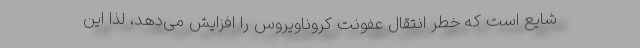
شایع است که خطر انتقال عفونت کروناویروس را افزایش می‌دهد، لذا این